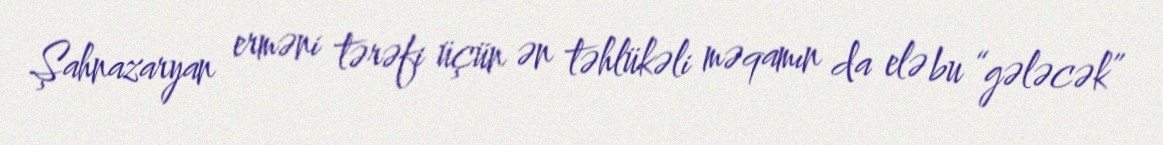
Şahnazaryan erməni tərəfi üçün ən təhlükəli məqamın da elə bu “gələcək”